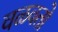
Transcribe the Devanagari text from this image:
वळवतो